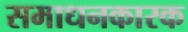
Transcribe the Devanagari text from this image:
समाधनकारक